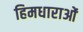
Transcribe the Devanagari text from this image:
हिमधाराओं